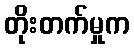
တိုးတက်မှုက